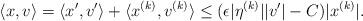
LaTeX: \begin{align*}\langle x, v \rangle=\langle x', v' \rangle +\langle x^{(k)}, v^{(k)} \rangle\le (\epsilon |\eta^{(k)}| |v'| - C) |x^{(k)}|.\end{align*}